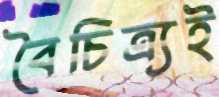
বৈচিত্র্যই